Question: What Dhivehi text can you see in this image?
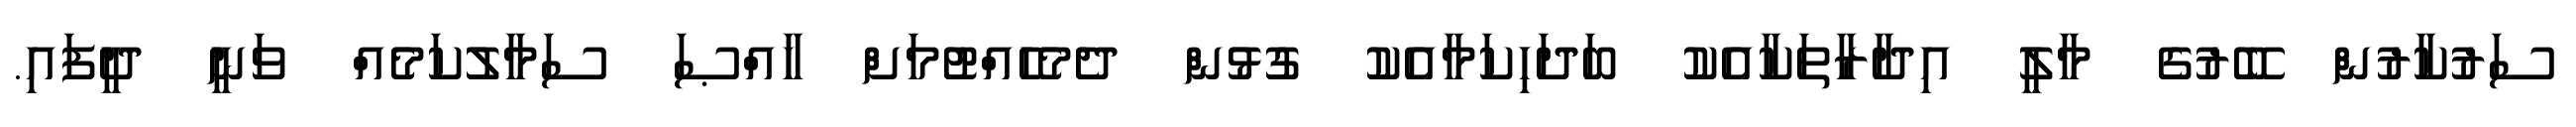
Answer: ސަރުކާރުން ބޭރުގެ މާލީ އިދާރާތަކާއެކު ބަދަހިކަމާއެކު ގުޅުން ދެމެހެއްޓުމަށް ޚާއްޞަ ސަމާލުކަމެއް ވަނީ ދީފައި.